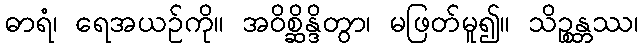
ဓာရံ၊ ရေအယဉ်ကို။ အဝိစ္ဆိန္ဒိတွာ၊ မဖြတ်မူ၍။ သိဉ္စန္တဿ၊